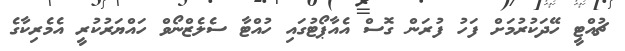
ޗުއްޓީ ހޭދަކުރުމަށް ފަހު ފުރަން ގޮސް އެއާޕޯޓުގައި ހުއްޓާ ސެލެޒްނޯވް ހައްޔަރުކުރީ އެމެރިކާގެ